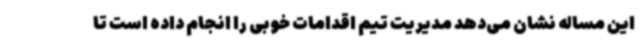
این مساله نشان می‌دهد مدیریت تیم اقدامات خوبی را انجام داده است تا